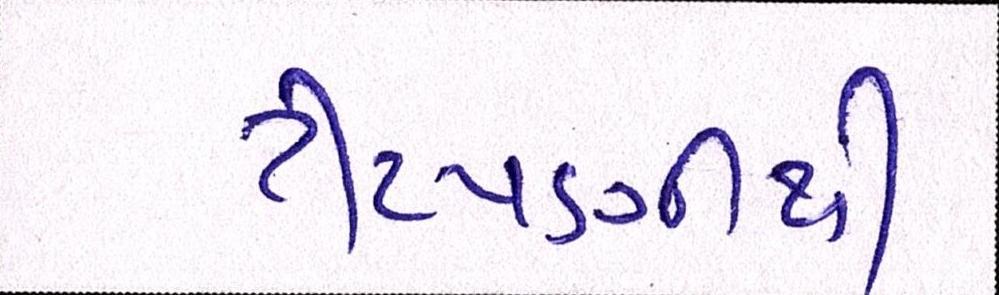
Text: ટીપ્પણીથી